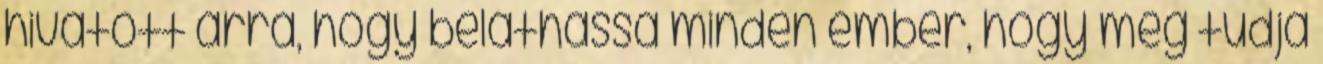
hivatott arra, hogy beláthassa minden ember, hogy meg tudja